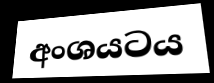
අංශයටය